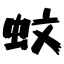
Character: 蚊